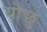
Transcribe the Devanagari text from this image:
योछु